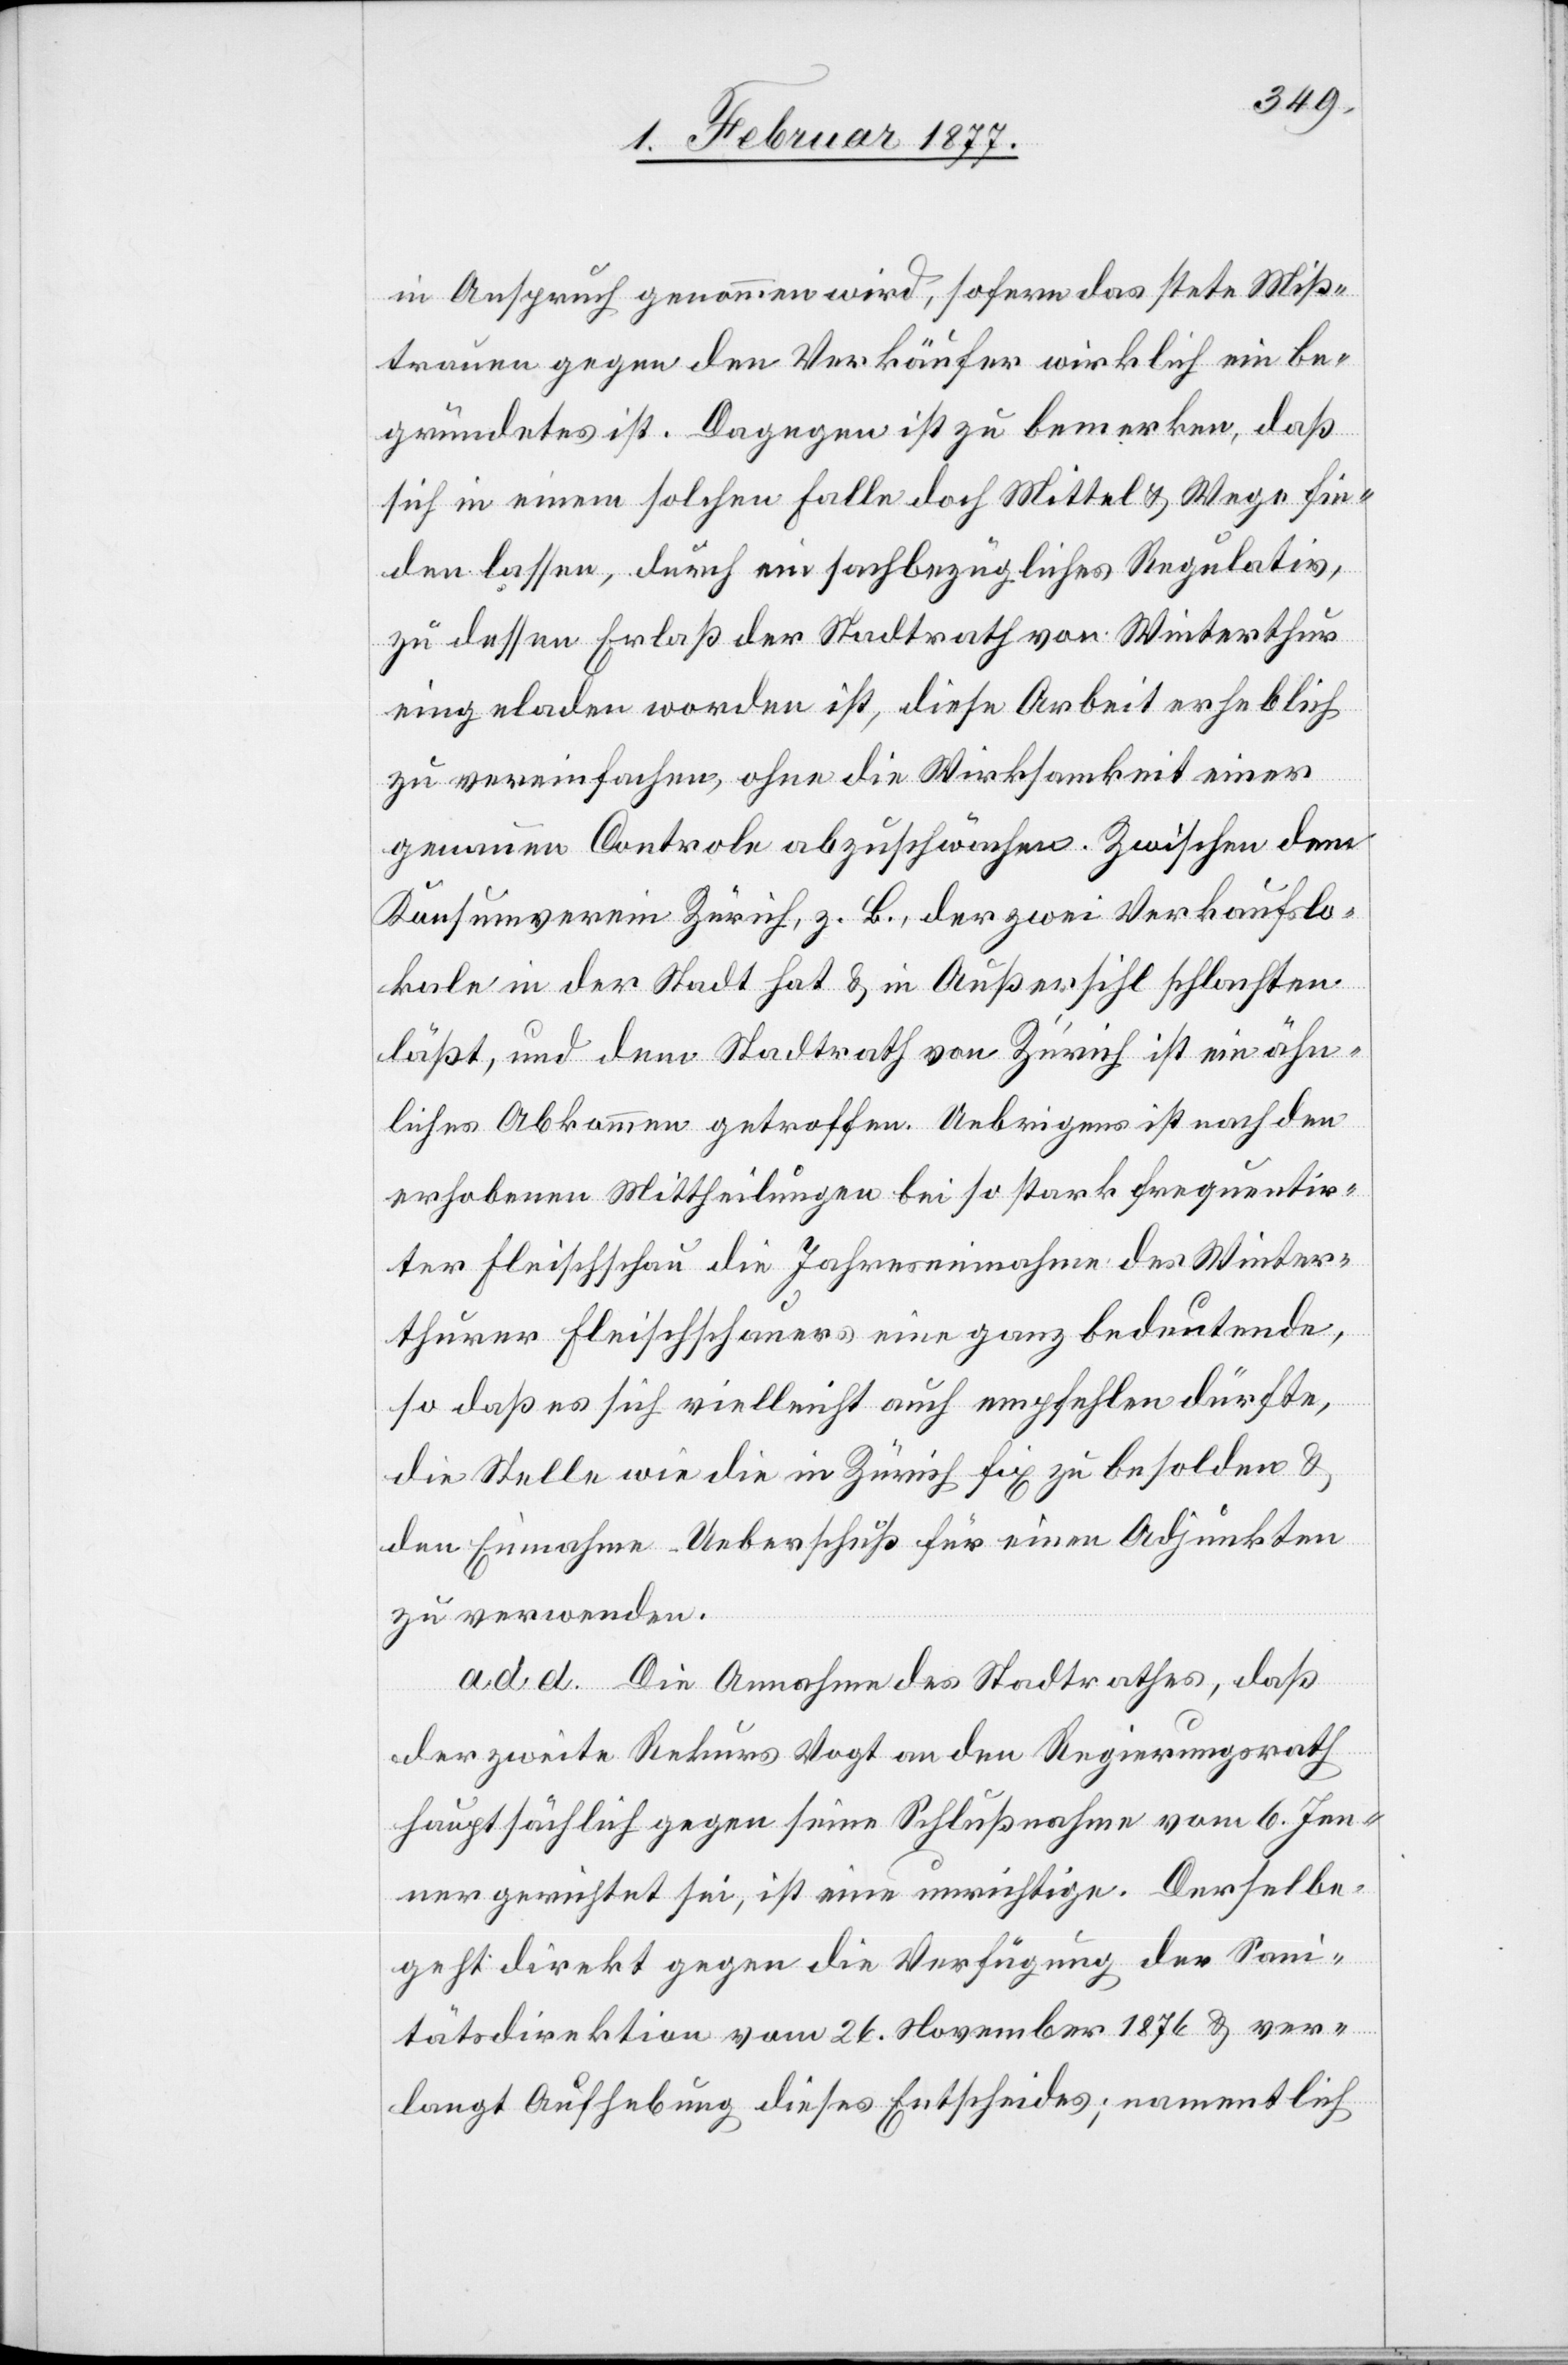
in Anspruch genommen wird, sofern das stete Miß¬
trauen gegen den Verkäufer wirklich ein be¬
gründetes ist. Dagegen ist zu bemerken, daß
sich in einem solchen Falle doch Mittel & Wege fin¬
den lassen, durch ein fachbezügliches Regulativ,
zu dessen Erlaß der Stadtrath von Winterthur
eigeladen worden ist, diese Arbeit erheblich
zu vereinfachen, ohne die Wirksamkeit einer
genauen Controle abzuschwächen. Zwischen dem
Konsumverein Zürich, z. B., der zwei Verkaufslo¬
kale in der Stadt hat & in Außersihl schlachten
läßt, und dem Stadtrath von Zürich ist ein ähn¬
liches Abkommen getroffen. Uebrigens ist nach den
erhobenen Mittheilungen bei so stark frequentir¬
ter Fleischschau die Jahreseinnahme des Winter¬
thurer Fleischschauers eine ganz bedeutende,
so daß es sich vielleicht auch empfehlen dürfte,
die Stelle wie die in Zürich fix zu besolden &
den Einnahme-Ueberschuß für einen Adjunkten
zu verwenden.
ad d. Die Annahme des Stadtrathes, daß
der zweite Rekurs Vogt an den Regierungsrath
hauptsächlich gegen seine Schlußnahme vom 6. Jen¬
ner gerichtet sei, ist eine unrichtige. Derselbe
geht direkt gegen die Verfügung der Sani¬
tätsdirektion vom 26. November 1876 & ver¬
langt Aufhebung dieses Entscheides; namentlich